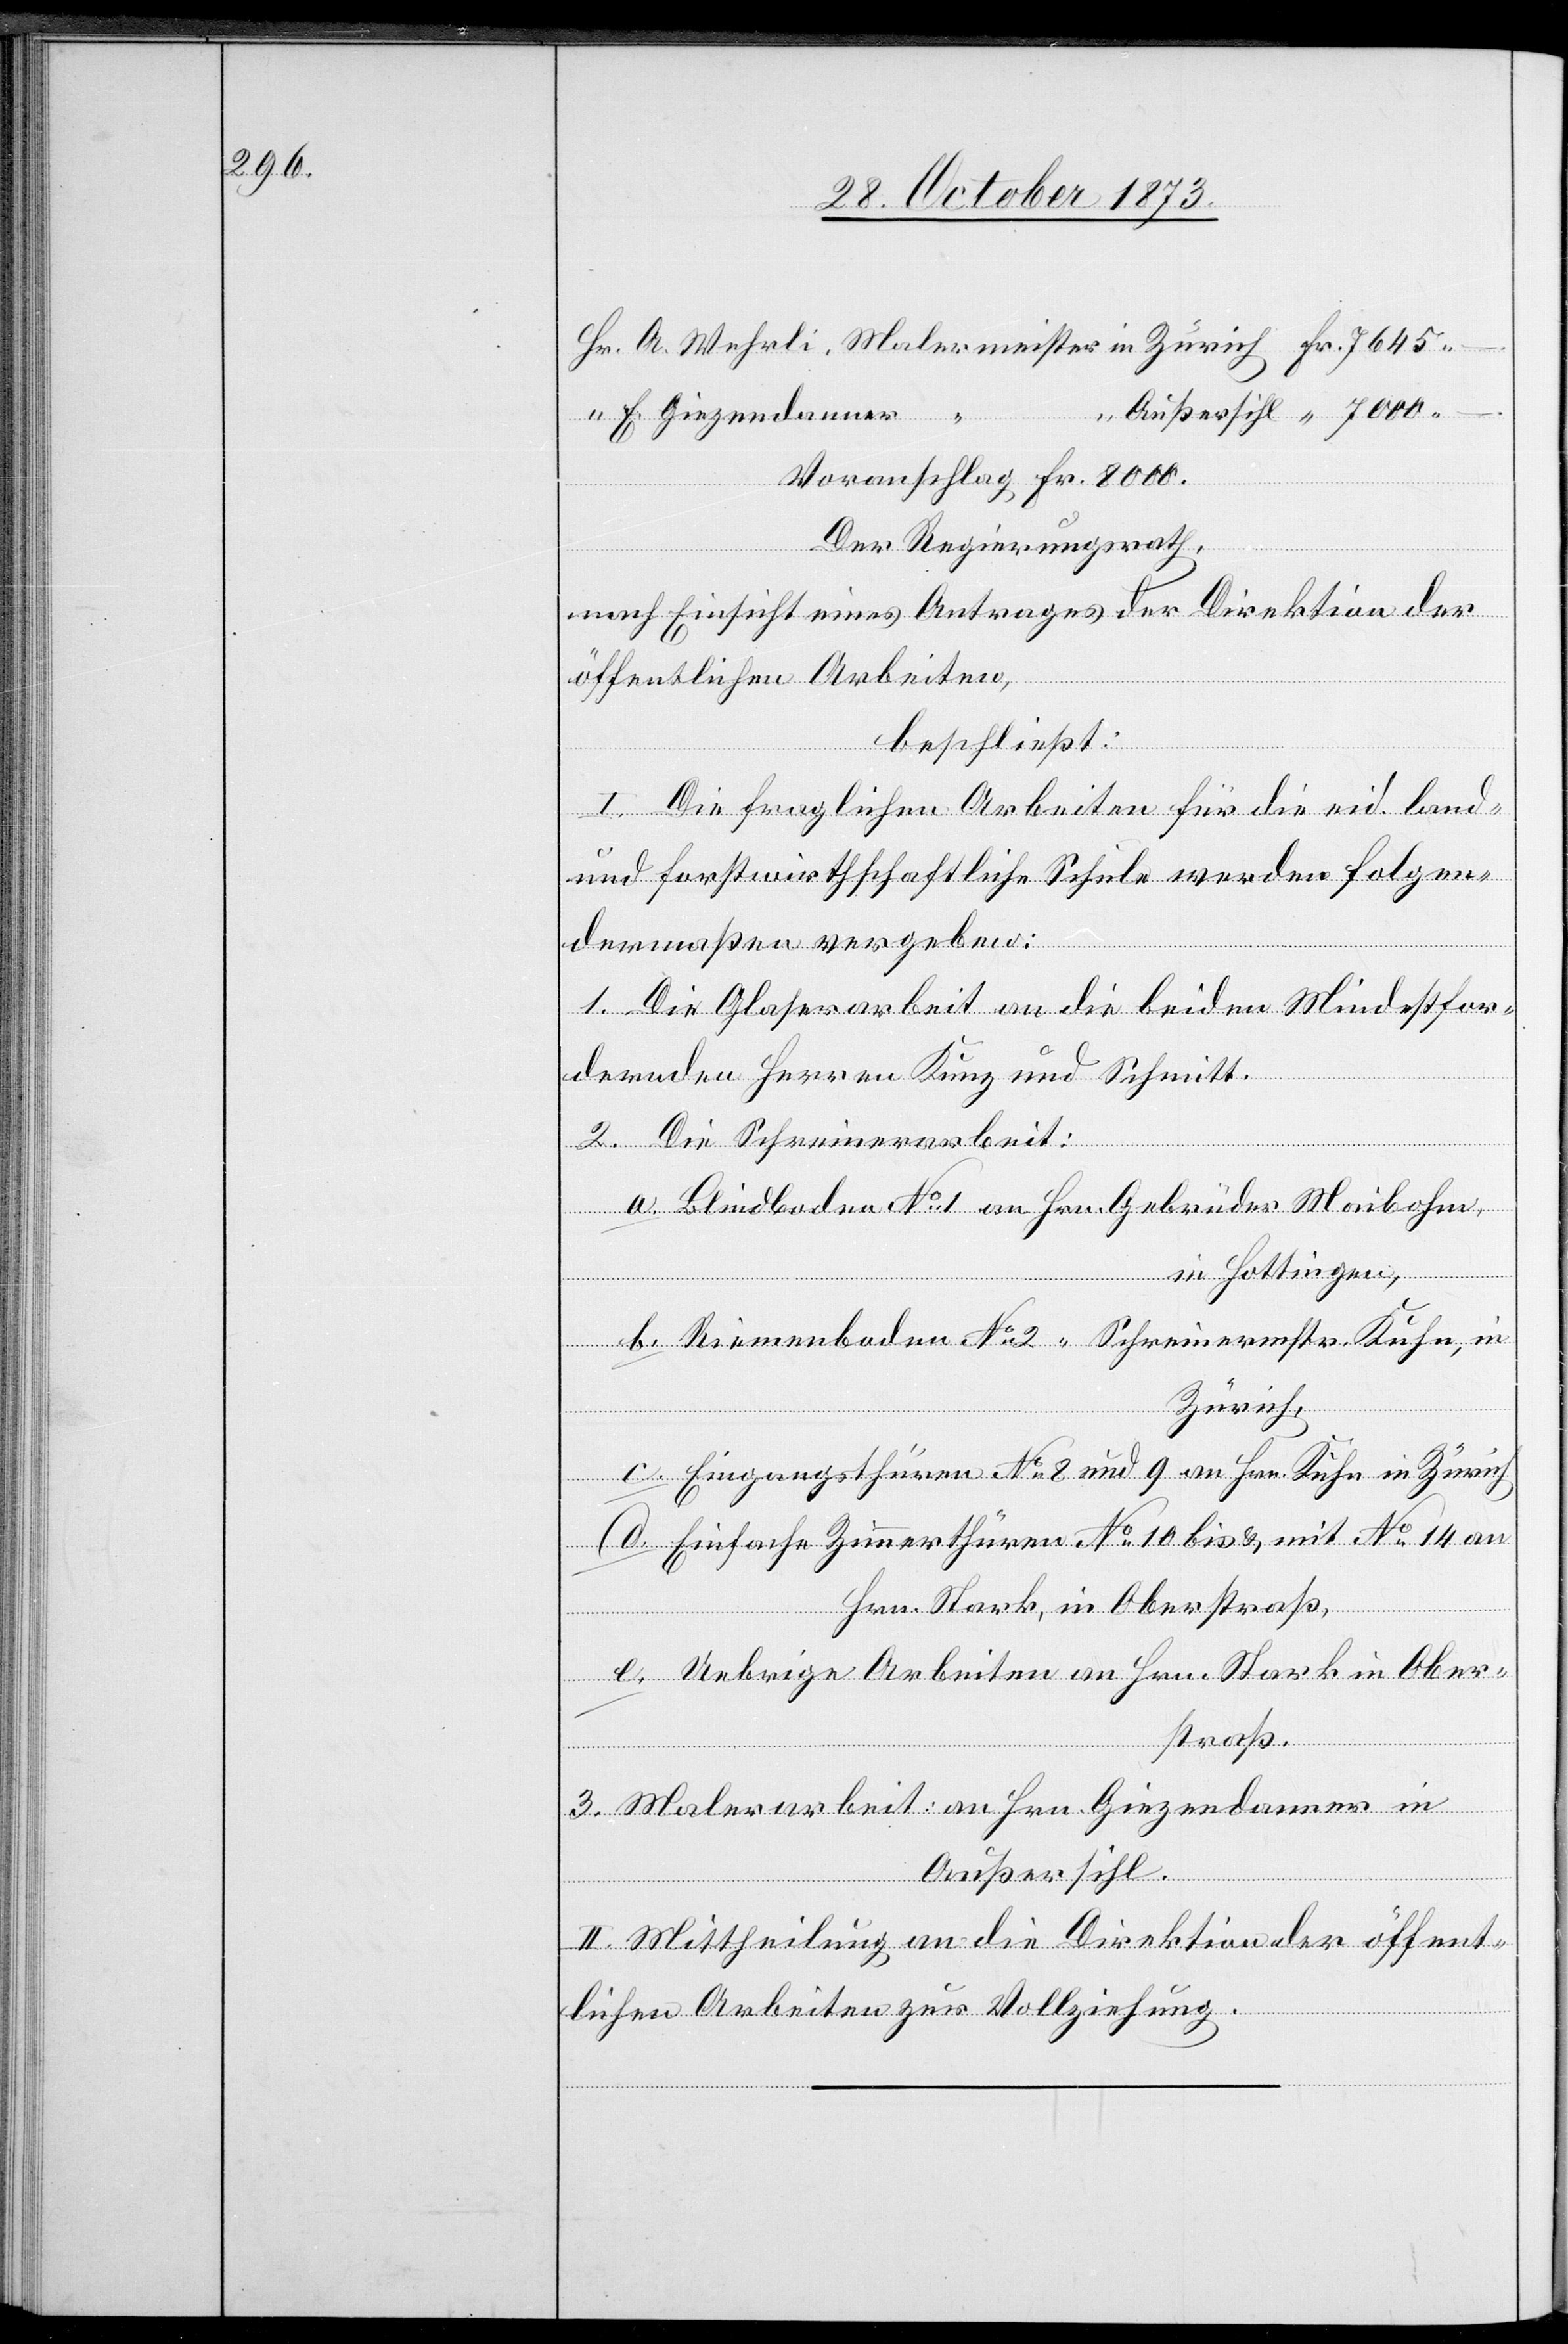
Fr.
E. Giezendanner “
Voranschlag Fr. 8 000.
Der Regierungsrath,
nach Einsicht eines Antrages der Direktion der
Maler¬
öffentlichen Arbeiten,
beschließt:
l. Die fraglichen Arbeiten für die eid. land-
und forstwirthschaftliche Schule werden folgen¬
dermaßen vergeben:
1. Die Glaserarbeit an die beiden Mindestfor¬
dernden Herren Kunz und Schmitt.
2. Die Schreinerarbeit:
a. Blindboden No 1 an Hrn. Gebrüder Maibohm,
in Hottingen,
b. Riemenboden No 2 “ Schreinermstr. Kuhn, in
Zürich,
in
c. Eingangsthüren No 8 und 9 an Hrn. Kuhn in Zürich
d. Einfache Zimmerthüren No 10 bis & mit No 14 an
Hrn. Stark, in Oberstraß,
e. Uebrige Arbeiten an Hrn. Stark in Ober¬
straß.
3. Malerarbeit: an Hrn. Giezendanner in
Außersihl.
II. Mittheilung an die Direktion der öffent¬
lichen Arbeiten zur Vollziehung.